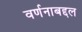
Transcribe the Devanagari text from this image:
वर्णनाबद्दल